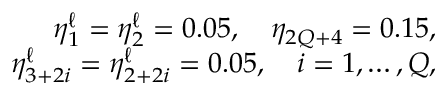
\begin{array} { r } { \eta _ { 1 } ^ { \ell } = \eta _ { 2 } ^ { \ell } = 0 . 0 5 , \quad \eta _ { 2 Q + 4 } = 0 . 1 5 , } \\ { \eta _ { 3 + 2 i } ^ { \ell } = \eta _ { 2 + 2 i } ^ { \ell } = 0 . 0 5 , \quad i = 1 , \ldots , Q , } \end{array}